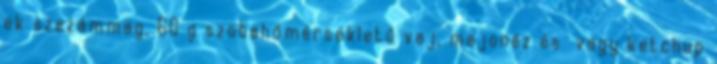
ek szezámmag, 60 g szobahőmérsékletű vaj, majonéz és vagy ketchup